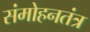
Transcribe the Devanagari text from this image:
संमोहनतंत्र